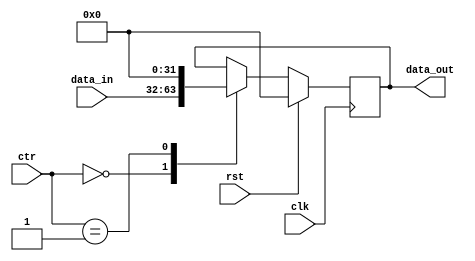
module LatchN(rst, clk, ctr, data_in, data_out);
  parameter N=32;
  
  input rst;
  input clk;
  input [1:0] ctr; //00:normal, 01:squash, 10:stall, 11:stall+bubble
  input [N-1:0] data_in;
  output [N-1:0] data_out;
  
  reg [N-1:0] data;
  ///reg bubble;
  
  always @(posedge clk) begin
    if (rst) begin
      data <= 0;
      //bubble <= 0;
    end else begin
      case (ctr)
        2'b00  : data <= data_in;
        2'b01  : data <= 32'b0;
        default: data <=  data;
      endcase
      
      //bubble <= (ctr == 2'b11) ? 1'b1 : 1'b0; 
    end  
  end
  
  assign data_out = data;
 // assign data_out = (bubble == 1'b1) ? 32'b0 : data;
endmodule